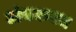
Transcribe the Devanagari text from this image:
अंधकवध